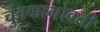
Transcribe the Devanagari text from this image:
चुंबकाभोवती